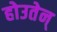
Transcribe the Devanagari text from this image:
होउतेन्